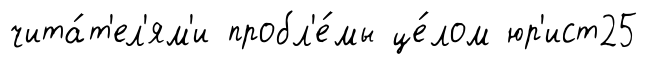
чита́т'ел'ям'и пробл'е́мы це́лом юр'ист25